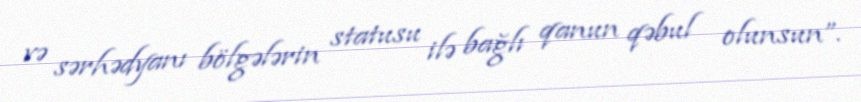
və sərhədyanı bölgələrin statusu ilə bağlı qanun qəbul olunsun”.